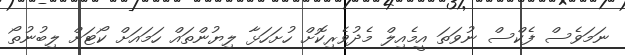
ނަމަވެސް ފެކްސް ނުވަތަ އީމެއިލް މެދުވެރިކޮށް ހުށަހަޅާ ލިޔުންތައް ހަމައަށް ކޯޓަށް ލިބުނުތޯ